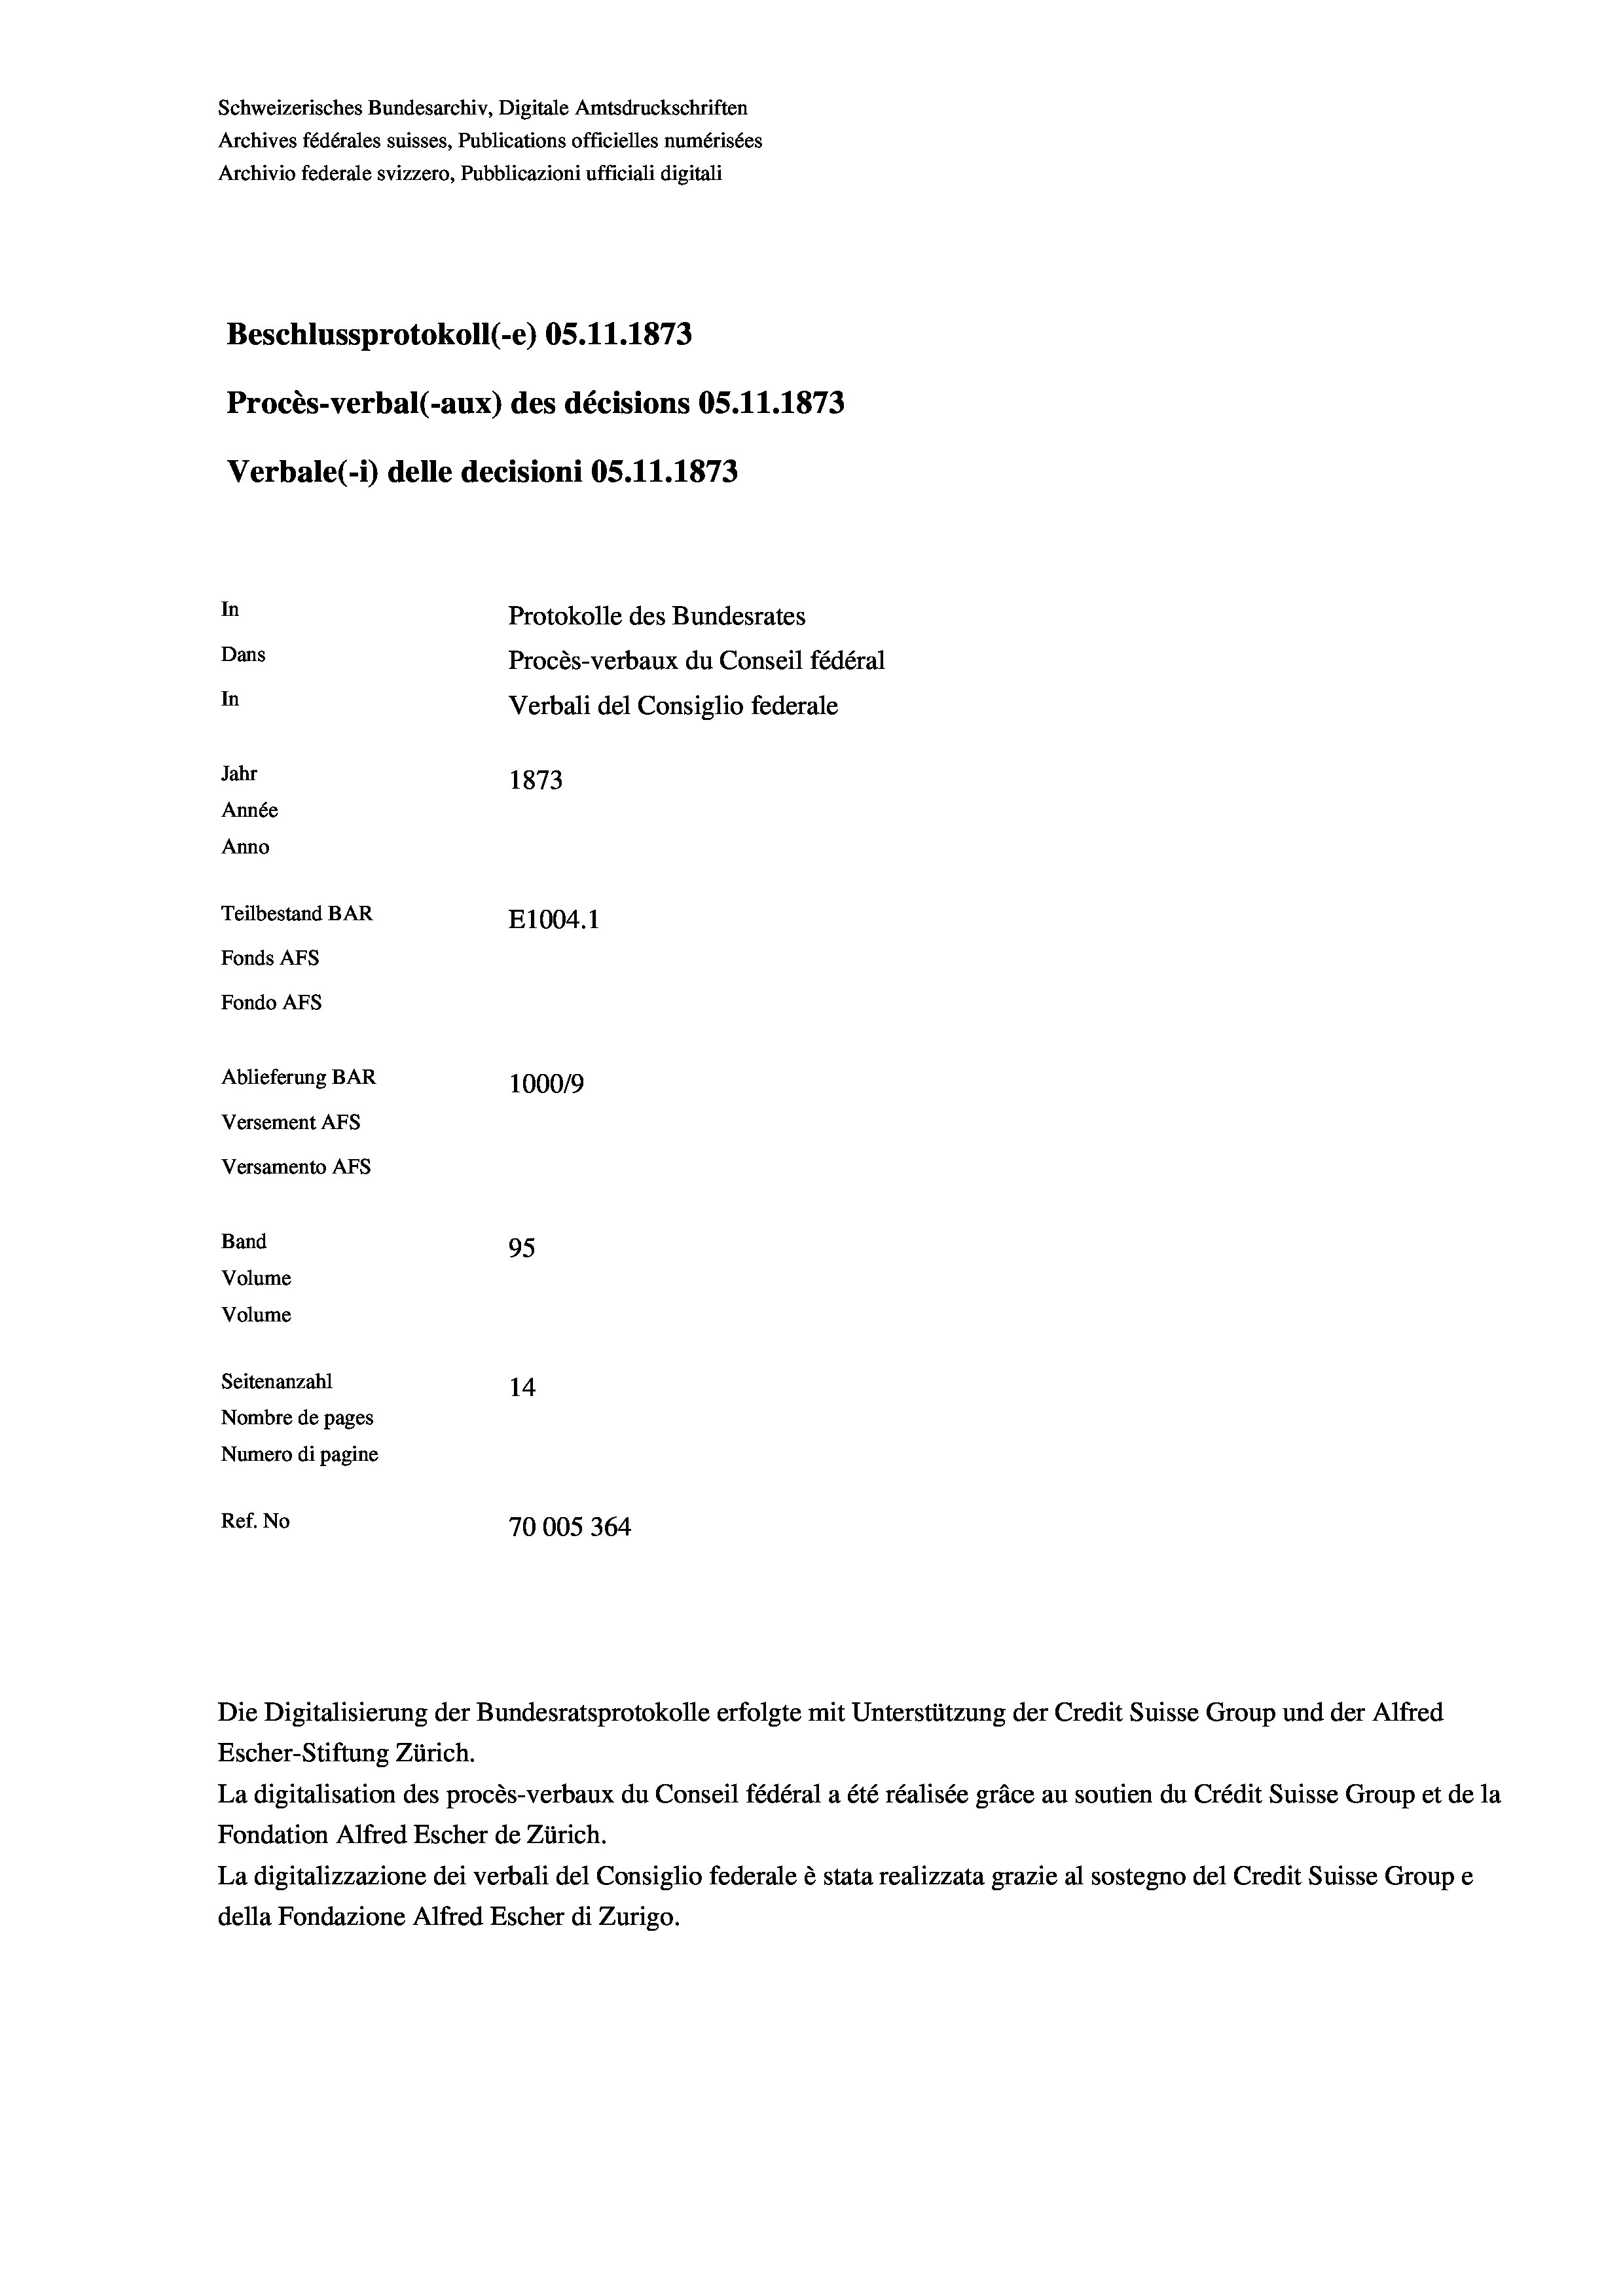
Schweizerisches Bundesarchiv, Digitale Amtsdruckschriften
Archives fédérales suisses, Publications officielles numérisées
Archivio federale svizzero, Pubblicazioni ufficiali digitali
Beschlussprotokoll (-e) OS.11.1873
Procès-verbal (-aux) des décisions OS.11.1873
Verbale (1) delle decisioni OS.11.1873
In
Protokolle des Bundesrates
Dans
Procès-verbaux du Conseil fédéral
In
Verbali del Consiglio federale
Jahr
1873
Année
Anno
Teilbestand BAR
E1004. 1
Fonds AFs
Fondo AFs
Ablieferung BAR
100019
Versement Abs

Versamento Afs
Band
Volume
Volume

95
Seitenanzahl
14
Nombre de pages
Numero di pagine
Ref. No
70005364

Die Digitalisierung der Bundesratsprotokolle erfolgte mit Unterstützung der Credit Suisse Group und der Alfred
Escher-Stiftung Zürich.
La digitalisation des procès-verbaux du Conseil fédéral a été réalisée gräce au soutien du Crédit Suisse Group et de la
Fondation Alfred Escher de Zürich.
La digitalizzazione dei verbali del Consiglio federale è stata realizzata grazie al sostegno del Credit Suisse Groupe
della Fondazione Alfred Escher di Zurigo.